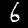
Label: 6